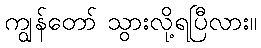
ကျွန်တော် သွားလို့ရပြီလား။